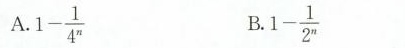
A.1-\frac{1}{4^n} B.1-\frac{1}{2^n}